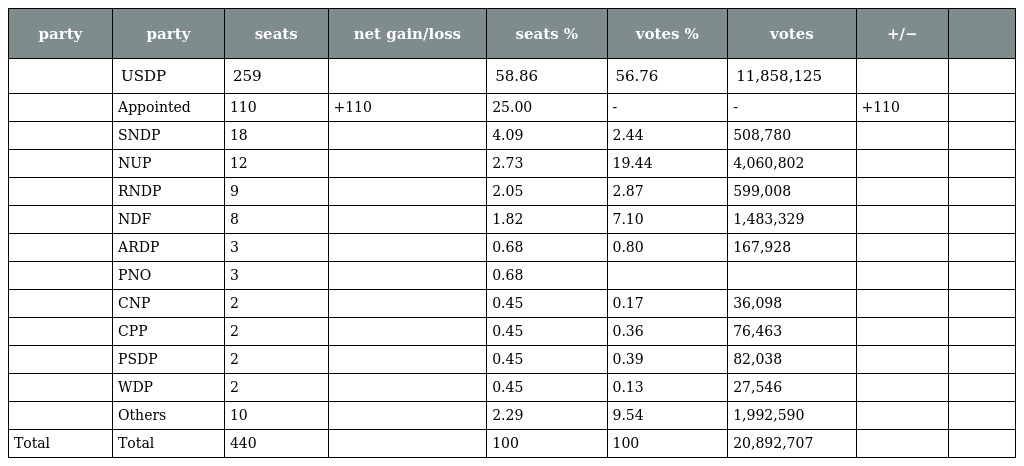
| party | party | seats | net gain/loss | seats % | votes % | votes | +/− |  |
 | --- | --- | --- | --- | --- | --- | --- | --- | --- |
 |  | USDP | 259 |  | 58.86 | 56.76 | 11,858,125 |  |  |
 |  | Appointed | 110 | +110 | 25.00 | - | - | +110 |  |
 |  | SNDP | 18 |  | 4.09 | 2.44 | 508,780 |  |  |
 |  | NUP | 12 |  | 2.73 | 19.44 | 4,060,802 |  |  |
 |  | RNDP | 9 |  | 2.05 | 2.87 | 599,008 |  |  |
 |  | NDF | 8 |  | 1.82 | 7.10 | 1,483,329 |  |  |
 |  | ARDP | 3 |  | 0.68 | 0.80 | 167,928 |  |  |
 |  | PNO | 3 |  | 0.68 |  |  |  |  |
 |  | CNP | 2 |  | 0.45 | 0.17 | 36,098 |  |  |
 |  | CPP | 2 |  | 0.45 | 0.36 | 76,463 |  |  |
 |  | PSDP | 2 |  | 0.45 | 0.39 | 82,038 |  |  |
 |  | WDP | 2 |  | 0.45 | 0.13 | 27,546 |  |  |
 |  | Others | 10 |  | 2.29 | 9.54 | 1,992,590 |  |  |
 | Total | Total | 440 |  | 100 | 100 | 20,892,707 |  |  |